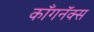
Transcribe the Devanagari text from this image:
काँगनॅक्स